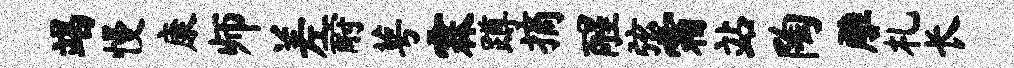
竭慢康师差酹萼霖蹲摘醒弦霜站陶雕札长